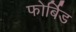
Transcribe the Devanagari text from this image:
फोर्बिड